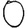
Digit: 0